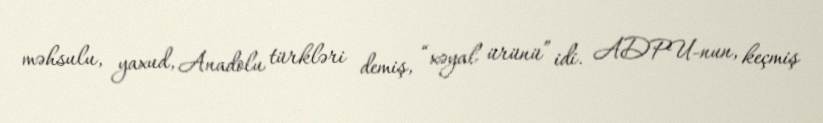
məhsulu, yaxud, Anadolu türkləri demiş, “xəyal ürünü” idi. ADPU-nun, keçmiş